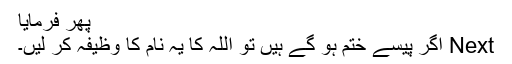
پھر فرمایا
Next اگر پیسے ختم ہو گے ہیں تو اللہ کا یہ نام کا وظیفہ کر لیں۔